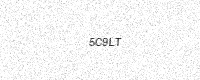
Text: 5C9LT